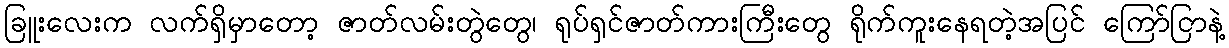
ခြူးလေးက လက်ရှိမှာတော့ ဇာတ်လမ်းတွဲတွေ၊ ရုပ်ရှင်ဇာတ်ကားကြီးတွေ ရိုက်ကူးနေရတဲ့အပြင် ကြော်ငြာနဲ့